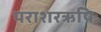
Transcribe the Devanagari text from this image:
पराशरऋषिः